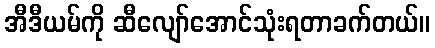
အီဒီယမ်ကို ဆီလျော်အောင်သုံးရတာခက်တယ်။